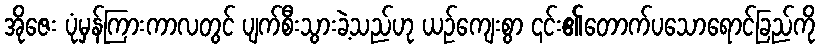
အိုဇေး ပုံမှန်ကြားကာလတွင် ပျက်စီးသွားခဲ့သည်ဟု ယဉ်ကျေးစွာ ၎င်း၏တောက်ပသောရောင်ခြည်ကို